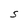
Character: S